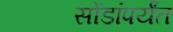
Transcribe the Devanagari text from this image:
सोंडांपर्यंत